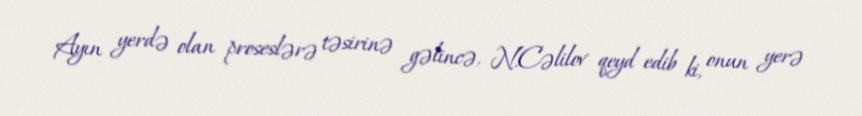
Ayın yerdə olan proseslərə təsirinə gəlincə, N.Cəlilov qeyd edib ki, onun yerə